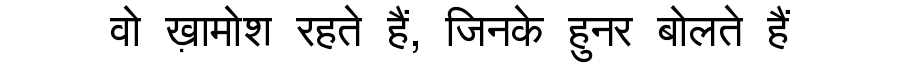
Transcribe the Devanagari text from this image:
वो ख़ामोश रहते हैं, जिनके हुनर बोलते हैं